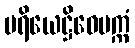
ပရိယေဋ္ဌိဝေပက္ကံ